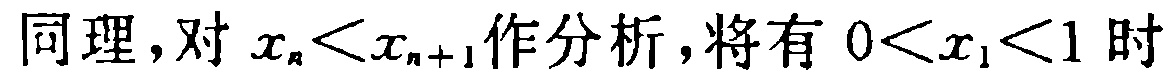
同理，对 \(x_{n}<x_{n + 1}\)作分析，将有 \(0<x_{1}<1\) 时